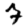
Digit: 7